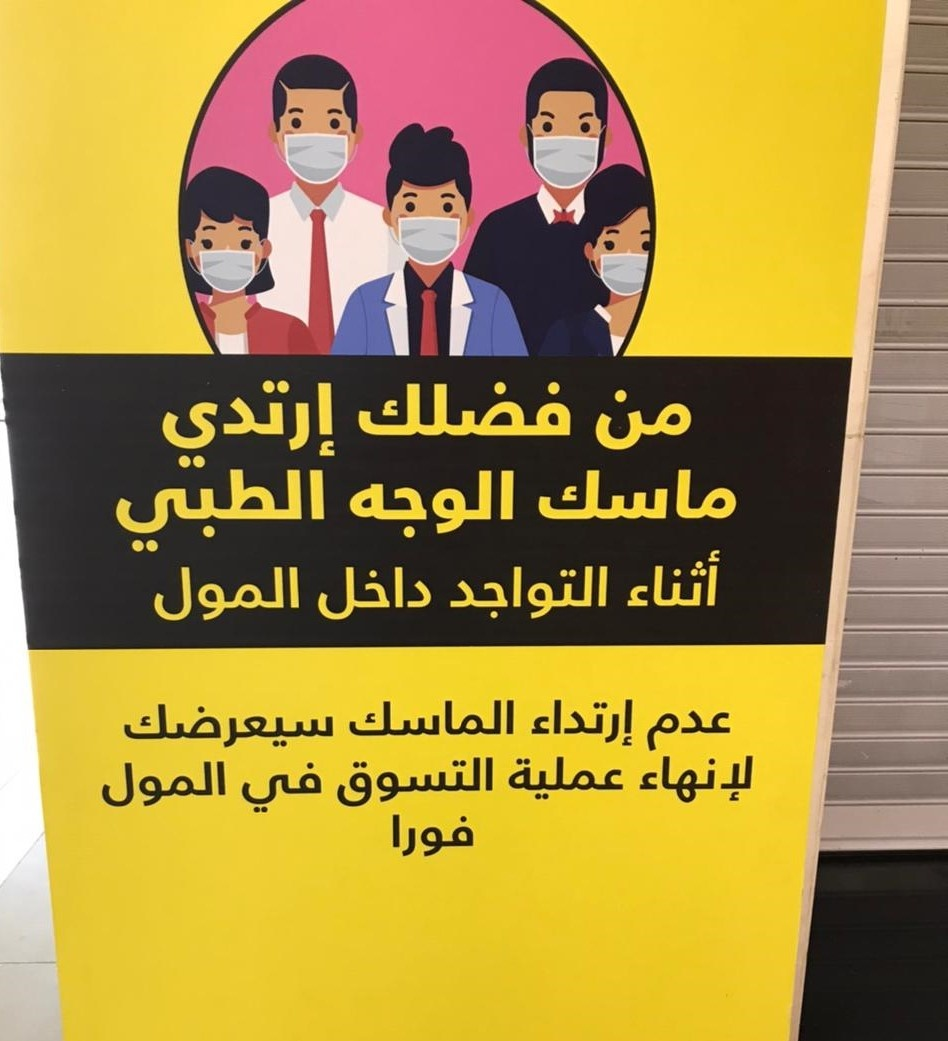
Text in image: فضلك إرتدي من ماسك الوجه الطبي أثناء التواجد المول داخل الماسك إرتداء سيعرضك عدم عملية لإنهاء التسوق المول في فورا